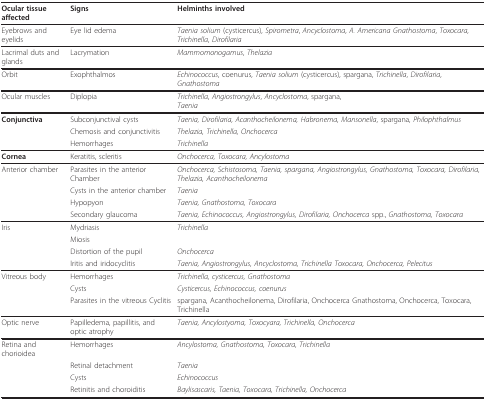
<table><thead><tr><td><b>Ocular tissue affected</b></td><td><b>Signs</b></td><td><b>Helminths involved</b></td></tr></thead><tbody><tr><td>Eyebrows and eyelids</td><td>Eye lid edema</td><td><i>Taenia solium </i>(cysticercus), <i>Spirometra</i>, <i>Ancyclostoma</i>, <i>A. Americana Gnathostoma</i>, <i>Toxocara</i>, <i>Trichinella</i>, <i>Dirofilaria</i></td></tr><tr><td>Lacrimal duts and glands</td><td>Lacrymation</td><td><i>Mammomonogamus</i>, <i>Thelazia</i></td></tr><tr><td>Orbit</td><td>Exophthalmos</td><td><i>Echinococcus</i>, coenurus, <i>Taenia solium </i>(cysticercus), spargana, <i>Trichinella</i>, <i>Dirofilaria</i>, <i>Gnathostoma</i></td></tr><tr><td>Ocular muscles</td><td>Diplopia</td><td><i>Trichinella</i>, <i>Angiostrongylus</i>, <i>Ancyclostoma</i>, spargana,<i>Taenia</i></td></tr><tr><td><b>Conjunctiva</b></td><td>Subconjunctival cysts</td><td><i>Taenia, Dirofilaria, Acanthocheilonema, Habronema, Mansonella</i>, spargana, <i>Philophthalmus</i></td></tr><tr><td></td><td>Chemosis and conjunctivitis</td><td><i>Thelazia, Trichinella, Onchocerca</i></td></tr><tr><td></td><td>Hemorrhages</td><td><i>Trichinella</i></td></tr><tr><td><b>Cornea</b></td><td>Keratitis, scleritis</td><td><i>Onchocerca, Toxocara, Ancylostoma</i></td></tr><tr><td>Anterior chamber</td><td>Parasites in the anterior Chamber</td><td><i>Onchocerca, Schistosoma, Taenia, spargana, Angiostrongylus, Gnathostoma, Toxocara, Dirofilaria, Thelazia, Acanthocheilonema</i></td></tr><tr><td></td><td>Cysts in the anterior chamber</td><td><i>Taenia</i></td></tr><tr><td></td><td>Hypopyon</td><td><i>Taenia, Gnathostoma, Toxocara</i></td></tr><tr><td></td><td>Secondary glaucoma</td><td><i>Taenia, Echinococcus, Angiostrongylus, Dirofilaria, Onchocerca </i>spp., <i>Gnathostoma, Toxocara</i></td></tr><tr><td>Iris</td><td>Mydriasis</td><td><i>Trichinella</i></td></tr><tr><td></td><td>Miosis</td><td></td></tr><tr><td></td><td>Distortion of the pupil</td><td><i>Onchocerca</i></td></tr><tr><td></td><td>Iritis and iridocyclitis</td><td><i>Taenia, Angiostrongylus, Ancyclostoma, Trichinella Toxocara, Onchocerca, Pelecitus</i></td></tr><tr><td>Vitreous body</td><td>Hemorrhages</td><td><i>Trichinella, cysticercus, Gnathostoma</i></td></tr><tr><td></td><td>Cysts</td><td><i>Cysticercus, Echinococcus, coenurus</i></td></tr><tr><td></td><td>Parasites in the vitreous Cyclitis</td><td>spargana, Acanthocheilonema, Dirofilaria, Onchocerca Gnathostoma, Onchocerca, Toxocara, Trichinella</td></tr><tr><td>Optic nerve</td><td>Papilledema, papillitis, and optic atrophy</td><td><i>Taenia, Ancylostyoma, Toxocyara, Trichinella, Onchocerca</i></td></tr><tr><td>Retina and chorioidea</td><td>Hemorrhages</td><td><i>Ancylostoma, Gnathostoma, Toxocara, Trichinella</i></td></tr><tr><td></td><td>Retinal detachment</td><td><i>Taenia</i></td></tr><tr><td></td><td>Cysts</td><td><i>Echinococcus</i></td></tr><tr><td></td><td>Retinitis and choroiditis</td><td><i>Baylisascaris, Taenia, Toxocara, Trichinella, Onchocerca</i></td></tr></tbody></table>